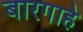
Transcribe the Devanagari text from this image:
बारगाहे